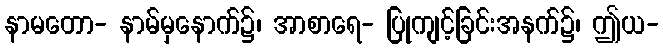
နာမတော- နာမ်မှနောက်၌၊ အာစာရေ- ပြုကျင့်ခြင်းအနက်၌၊ ဤယ-